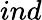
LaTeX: ind